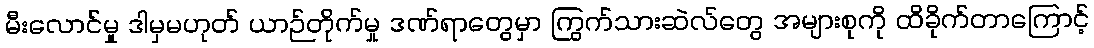
မီးလောင်မှု ဒါမှမဟုတ် ယာဉ်တိုက်မှု ဒဏ်ရာတွေမှာ ကြွက်သားဆဲလ်တွေ အများစုကို ထိခိုက်တာကြောင့်